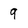
Character: 9